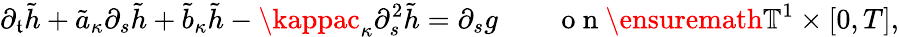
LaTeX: \partial_{\mathfrak{t}}\tilde{{h}}+\tilde{{a}}_{\kappa}\partial_{s}\tilde{{h}}+\tilde{{b}}_{\kappa}\tilde{{h}}-\kappac_{\kappa}\partial_{s}^{2}\tilde{{h}}=\partial_{s}g\qquad\mathrm{{~o~n~}}\ensuremath{{\mathbb{{T}}}}^{1}\times[0,T],